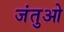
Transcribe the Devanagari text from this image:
जंतुओ